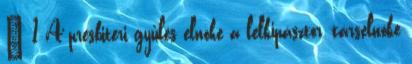
§ 1 A presbiteri gyűlés elnöke a lelkipásztor, társelnöke